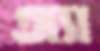
অ্যা